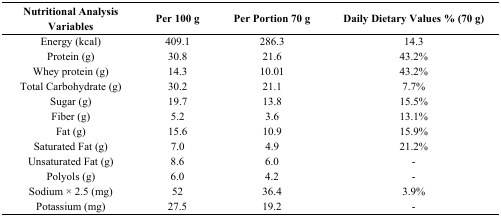
<table><thead><tr><td><b>Nutritional Analysis Variables</b></td><td><b>Per 100 g</b></td><td><b>Per Portion 70 g</b></td><td><b>Daily Dietary Values % (70 g)</b></td></tr></thead><tbody><tr><td>Energy (kcal)</td><td>409.1</td><td>286.3</td><td>14.3</td></tr><tr><td>Protein (g)</td><td>30.8</td><td>21.6</td><td>43.2%</td></tr><tr><td>Whey protein (g)</td><td>14.3</td><td>10.01</td><td>43.2%</td></tr><tr><td>Total Carbohydrate (g)</td><td>30.2</td><td>21.1</td><td>7.7%</td></tr><tr><td>Sugar (g)</td><td>19.7</td><td>13.8</td><td>15.5%</td></tr><tr><td>Fiber (g)</td><td>5.2</td><td>3.6</td><td>13.1%</td></tr><tr><td>Fat (g)</td><td>15.6</td><td>10.9</td><td>15.9%</td></tr><tr><td>Saturated Fat (g)</td><td>7.0</td><td>4.9</td><td>21.2%</td></tr><tr><td>Unsaturated Fat (g)</td><td>8.6</td><td>6.0</td><td>-</td></tr><tr><td>Polyols (g)</td><td>6.0</td><td>4.2</td><td>-</td></tr><tr><td>Sodium × 2.5 (mg)</td><td>52</td><td>36.4</td><td>3.9%</td></tr><tr><td>Potassium (mg)</td><td>27.5</td><td>19.2</td><td>-</td></tr></tbody></table>